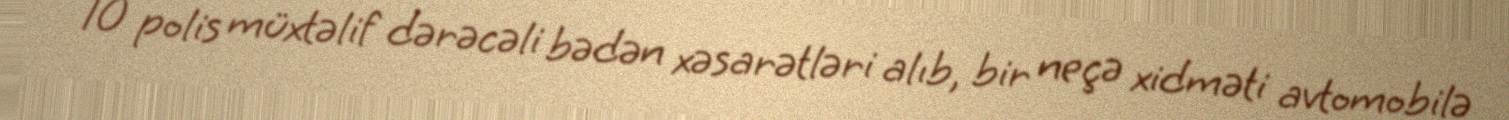
10 polis müxtəlif dərəcəli bədən xəsarətləri alıb, bir neçə xidməti avtomobilə